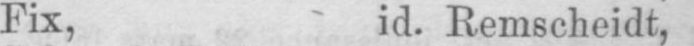
Fix, id. Remscheidt,